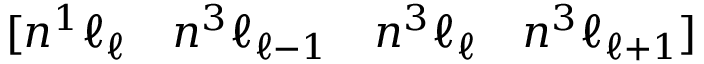
[ n { } ^ { 1 } \ell _ { \ell } \quad n { } ^ { 3 } \ell _ { \ell - 1 } \quad n { } ^ { 3 } \ell _ { \ell } \quad n { } ^ { 3 } \ell _ { \ell + 1 } ]